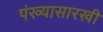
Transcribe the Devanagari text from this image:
पंख्यासारखी